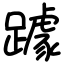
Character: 躆